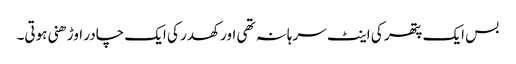
بس ایک پتھر کی اینٹ سرہانہ تھی اور کھدر کی ایک چادر اوڑھنی ہوتی۔